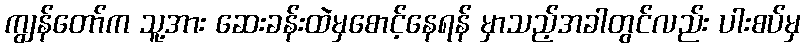
ကျွန်တော်က သူ့အား ဆေးခန်းထဲမှစောင့်နေရန် မှာသည့်အခါတွင်လည်း ပါးစပ်မှ